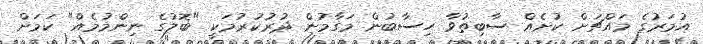
އުމަރުގެ މައްޗަށް ކުށެއް ސާބިތުވާ ހިސާބުން މަގާމުން ދުރުކުރުމަކީ "ބޮލުގެ ނިންމުމެއް" ކަމަށް